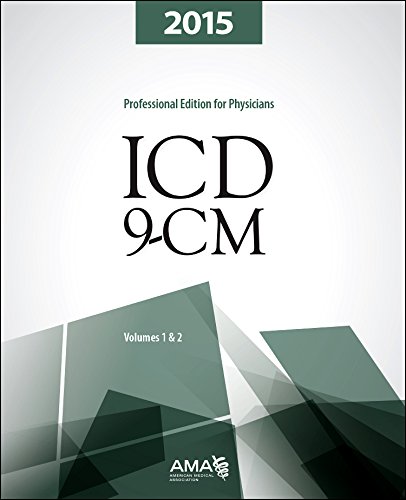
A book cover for ICD-9-CM 2015 Professional Edition for Physicians, Vols 1& (Spiral) (Physician ICD-9-CM 2 Vol. Set (AMA)); American Medical Association; Medical Books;